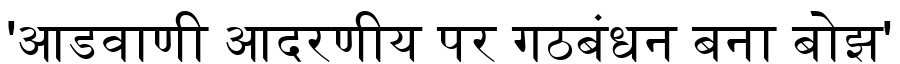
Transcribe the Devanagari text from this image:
'आडवाणी आदरणीय पर गठबंधन बना बोझ'